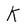
Character: K